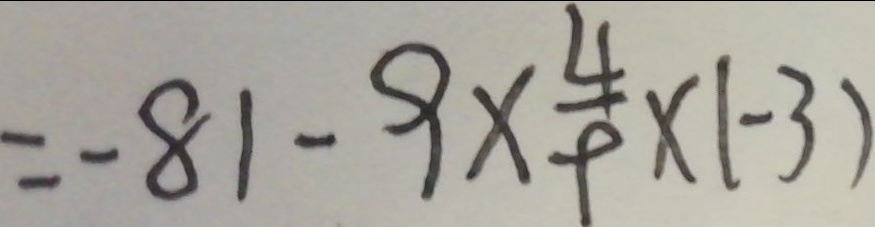
= - 8 1 - 9 \times \frac { 4 } { 9 } \times ( - 3 )